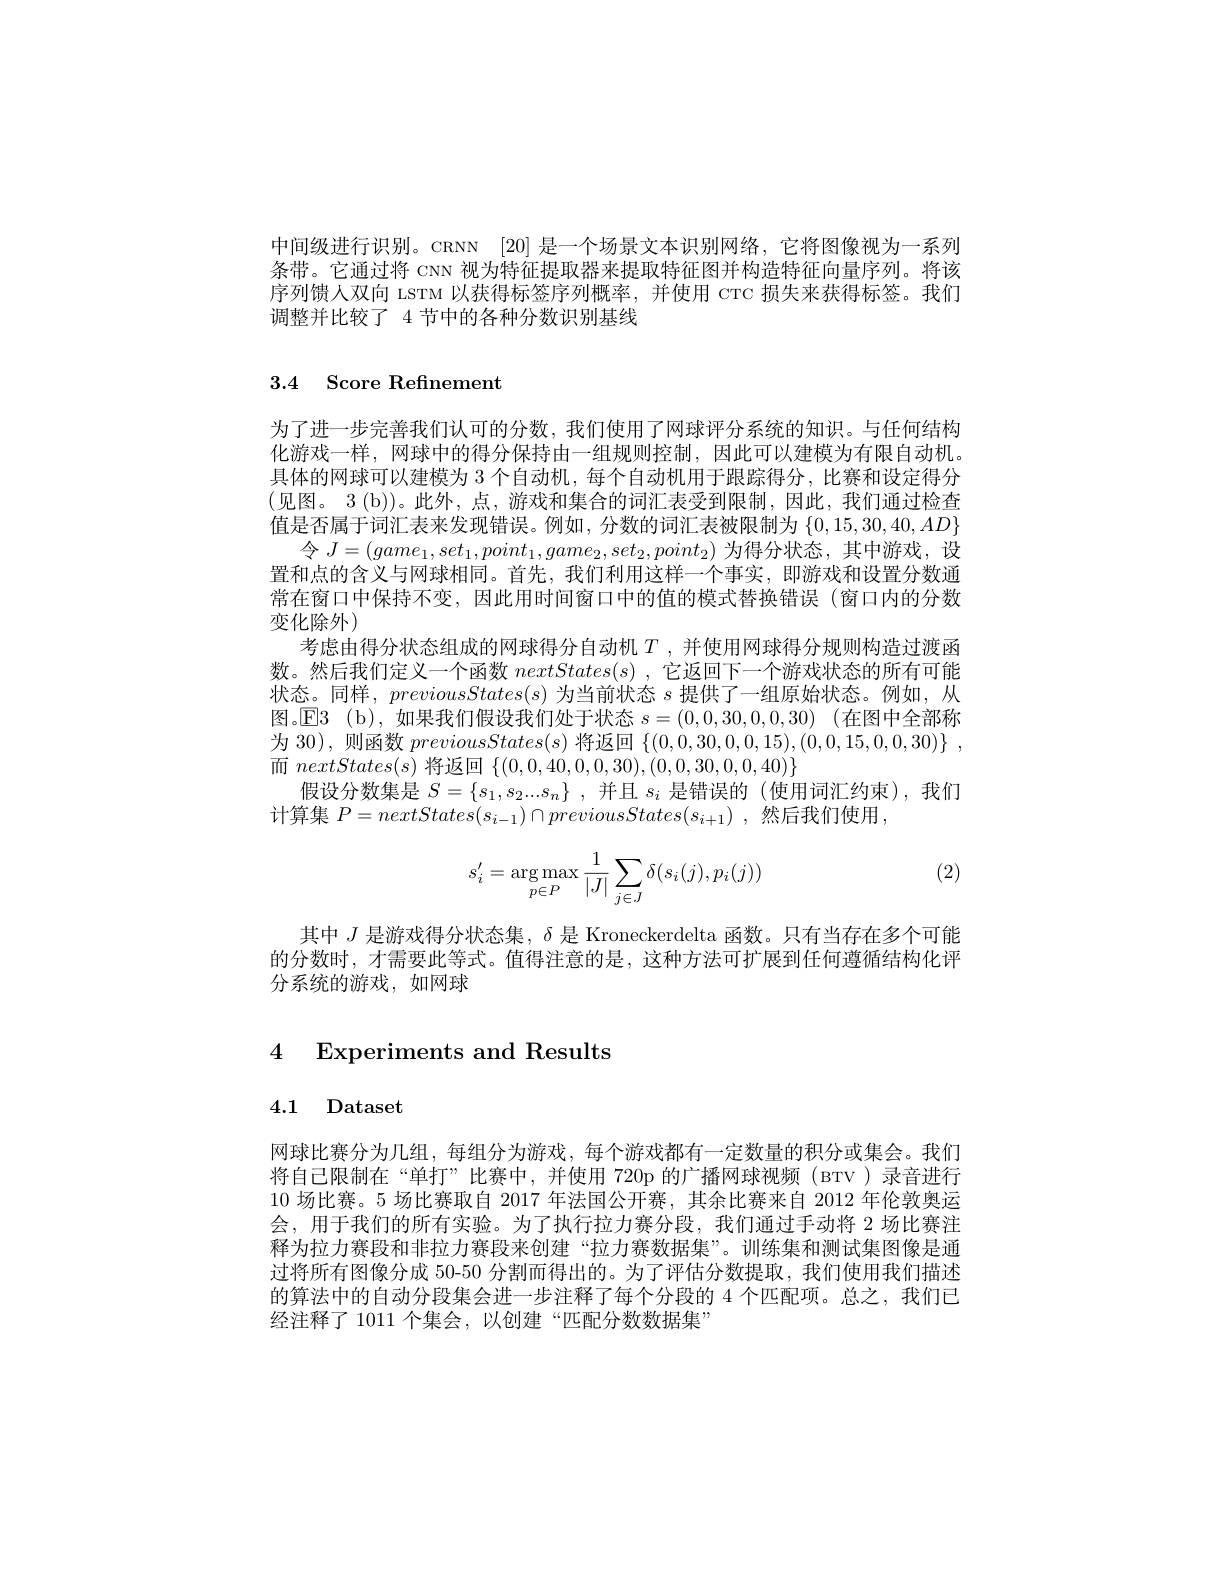
中间级进行识别。CRNN [20] 是一个场景文本识别网络，它将图像视为一系列条带。它通过将 CNN 视为特征提取器来提取特征图并构造特征向量序列。将该序列馈人双向 LSTM 以获得标签序列概率，并使用 CTC 损失来获得标签。我们调整并比较了 4 节中的各种分数识别基线

## 3.4 Score Refinement

为了进一步完善我们认可的分数，我们使用了网球评分系统的知识。与任何结构化游戏一样，网球中的得分保持由一组规则控制，因此可以建模为有限自动机。具体的网球可以建模为 3 个自动机，每个自动机用于跟踪得分，比赛和设定得分(见图。3(b))。此外，点，游戏和集合的词汇表受到限制，因此，我们通过检查值是否属于词汇表来发现错误。例如，分数的词汇表被限制为$\{0,15,30,40,AD\}$
令$J=(game_1,set_1,point_1,game_2,set_2,point_2)$为得分状态，其中游戏，设置和点的含义与网球相同。首先，我们利用这样一个事实，即游戏和设置分数通常在窗口中保持不变，因此用时间窗口中的值的模式替换错误(窗口内的分数变化除外)
考虑由得分状态组成的网球得分自动机$T$ ,并使用网球得分规则构造过渡函数。然后我们定义一个函数$nextStates(s)$,它返回下一个游戏状态的所有可能状态。同样，$previousStates(s)$为当前状态$s$提供了一组原始状态。例如，从图。$\operatorname { E3}$ (b),如果我们假设我们处于状态 $s= ( 0, 0, 30, 0, 0, 30)$ (在图中全部称为 30), 则函数$previousStates(s)$将返回$\{ ( 0, 0, 30, 0, 0, 15) , ( 0, 0, 15, 0, 0, 30) \}$ , 而$nextStates(s)$将返回$\{(0,0,40,0,0,30),(0,0,30,0,0,40)\}$
假设分数集是$S= \{ s_1, s_2. . . s_n\}$ ,并且$s_i$是错误的 (使用词汇约束),我们
计算集$P=nextStates(s_{i-1})\cap previousStates(s_{i+1})$ ,然后我们使用 ,

(2)
$$s_i'=\underset{p\in P}{\arg\max}\frac{1}{|J|}\sum_{j\in J}\delta(s_i(j),p_i(j))$$
其中$J$是游戏得分状态集，$\delta$是 Kroneckerdelta 函数。只有当存在多个可能的分数时，才需要此等式。值得注意的是，这种方法可扩展到任何遵循结构化评分系统的游戏，如网球

## 4 Experiments and Results

# 4.1 Dataset

网球比赛分为几组，每组分为游戏，每个游戏都有一定数量的积分或集会。我们将自己限制在“单打”比赛中，并使用 720p 的广播网球视频(BTV)录音进行10场比赛。5 场比赛取自 2017 年法国公开赛，其余比赛来自 2012 年伦敦奥运会，用于我们的所有实验。为了执行拉力赛分段，我们通过手动将 2 场比赛注释为拉力赛段和非拉力赛段来创建“拉力赛数据集”。训练集和测试集图像是通过将所有图像分成 50-50 分割而得出的。为了评估分数提取，我们使用我们描述的算法中的自动分段集会进一步注释了每个分段的 4 个匹配项。总之，我们已经注释了 1011 个集会，以创建“匹配分数数据集”